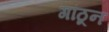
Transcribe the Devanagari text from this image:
गांठून